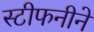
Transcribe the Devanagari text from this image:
स्टीफनीने